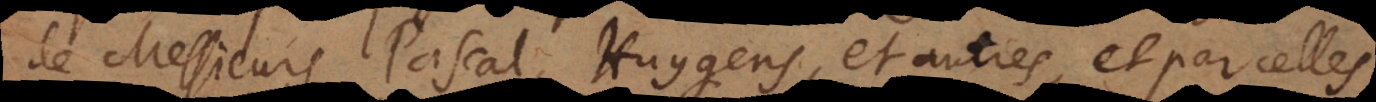
de Messieurs Pascal, Huygens, et autres, et par celles